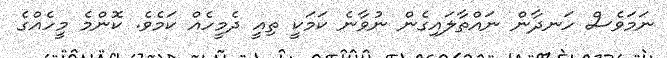
ނަމަވެސް ހަނދާން ނައްތާލައިގެން ނުވާނެ ކަމަކީ ތިއީ ދެމީހެއް ކަމެވެ. ކޮންމެ މީހެއްގެ